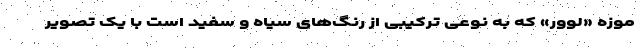
موزه «لوور» که به نوعی ترکیبی از رنگ‌های سیاه و سفید است با یک تصویر